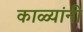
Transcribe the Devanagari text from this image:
काळ्यांनी